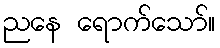
ညနေ ရောက်သော်။